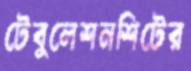
টেবুলেশনশিটের